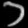
Digit: ၁